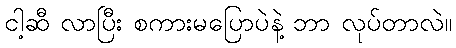
ငါ့ဆီ လာပြီး စကားမပြောပဲနဲ့ ဘာ လုပ်တာလဲ။